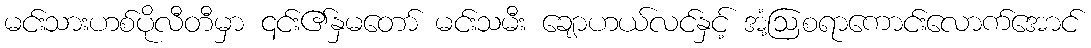
မင်းသားဟစ်ပိုလီတီမှာ ၎င်း၏နှမတော် မင်းသမီး ချောဟယ်လင်နှင့် အံ့ဩစရာကောင်းလောက်အောင်